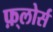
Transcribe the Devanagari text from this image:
फ़्लोर्स